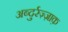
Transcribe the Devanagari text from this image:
अब्दुर्रज़्ज़ाक़